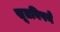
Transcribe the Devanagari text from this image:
सूतविषये